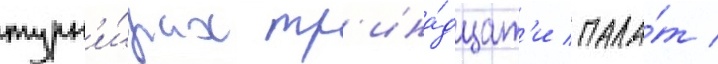
турн'и́рах тр'ина́дцат'и пала́т /